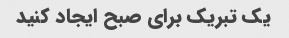
یک تبریک برای صبح ایجاد کنید